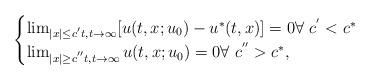
LaTeX: \begin{align*} \begin{cases} \lim_{|x| \le c^{'}t,t\to\infty}[u(t,x;u_0)-u^*(t,x)]=0\forall\,\, c^{'}<c^*\cr \lim_{|x| \ge c^{''}t,t\to\infty} u(t,x;u_0)=0\forall\,\, c^{''}> c^*, \end{cases} \end{align*}